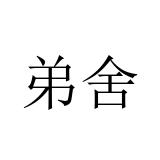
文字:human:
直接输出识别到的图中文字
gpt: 弟舍